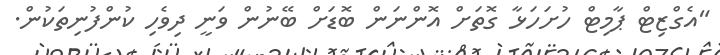
"އެގްޒިޓް ޕާމިޓް ހުށަހަޅާ ގޮތަށް އޮންނަން ބޮޑަށް ބޭނުން ވަނީ ދިވެހި ކުންފުނިތަކުން.